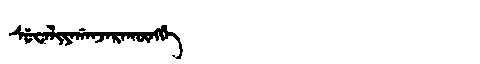
Manchu: ᠰᡠᠸᠠᠯᡳᠶᠠᡤᠠᠨᠵᠠᡵᠠᡴᡡᠩᡤᡝ
Romanization: SUWALIYAGANJARAKŪNGGE